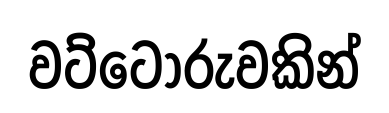
වට්ටෝරුවකින්